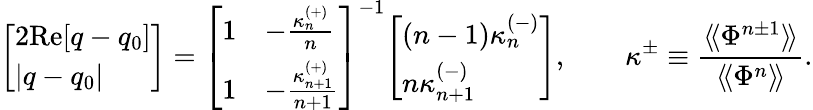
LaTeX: {\left[\begin{array}{l}{2{\mathrm{Re}}[q-q_{0}]}\\ {|q-q_{0}|}\end{array}\right]}={\left[\begin{array}{ll}{1}&{-{\frac{\kappa_{n}^{(+)}}{n}}}\\ {1}&{-{\frac{\kappa_{n+1}^{(+)}}{n+1}}}\end{array}\right]}^{-1}{\left[\begin{array}{l}{(n-1)\kappa_{n}^{(-)}}\\ {n\kappa_{n+1}^{(-)}}\end{array}\right]},\qquad\kappa^{\pm}\equiv{\frac{\langle\! \langle\Phi^{n\pm 1}\rangle\! \rangle}{\langle\! \langle\Phi^{n}\rangle\! \rangle}}.